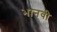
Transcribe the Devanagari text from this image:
भानवी